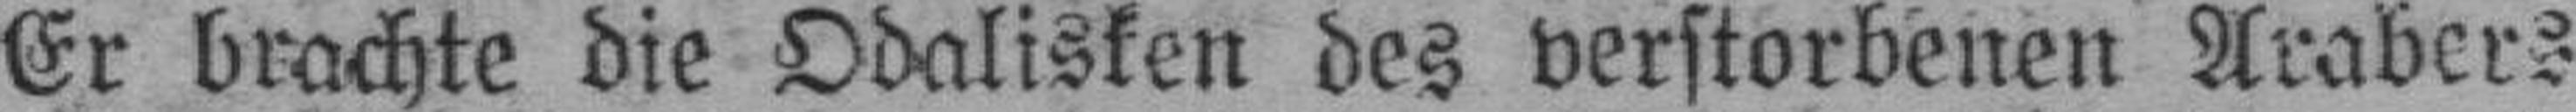
Er brachte die Odalisken des verstorbenen Arabers